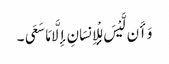
وَأَن لَّیْسَ لِلْإِنسَانِ إِلَّا مَا سَعَی ۔